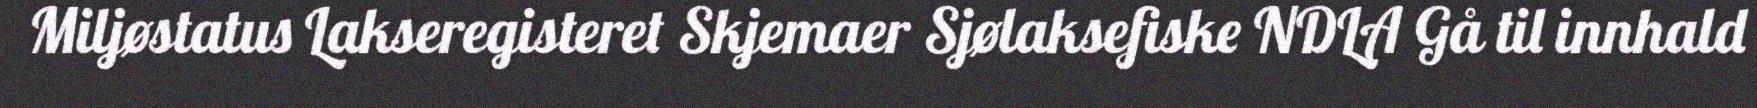
Miljøstatus Lakseregisteret Skjemaer Sjølaksefiske NDLA Gå til innhald